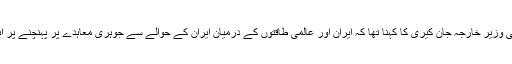
اِس سے پیشتر، امریکی وزیر ِخارجہ جان کیری کا کہنا تھا کہ ایران اور عالمی طاقتوں کے درمیان ایران کے حوالے سے جوہری معاہدے پر پہنچنے پر ابھی تعطل برقرار ہے۔